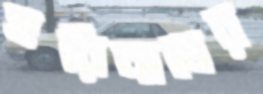
হরিনাথের